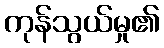
ကုန်သွယ်မှု၏